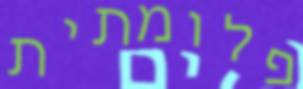
פלומתית